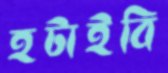
হটাইবি